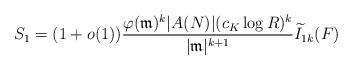
LaTeX: \begin{align*}S_1 = (1+o(1))\frac{\varphi(\mathfrak{m})^k |A(N)| (c_K \log R)^k}{|\mathfrak{m}|^{k+1}}\widetilde{I}_{1k}(F)\end{align*}